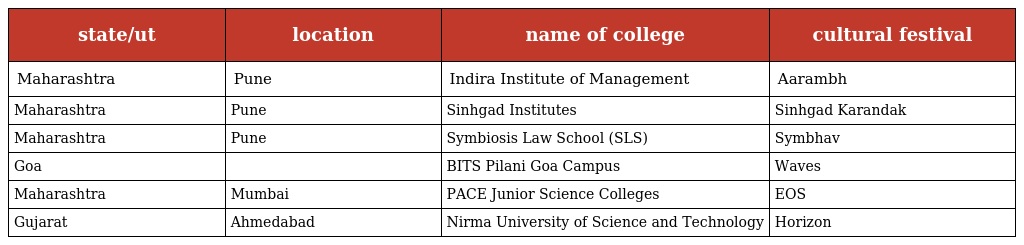
| state/ut | location | name of college | cultural festival |
 | --- | --- | --- | --- |
 | Maharashtra | Pune | Indira Institute of Management | Aarambh |
 | Maharashtra | Pune | Sinhgad Institutes | Sinhgad Karandak |
 | Maharashtra | Pune | Symbiosis Law School (SLS) | Symbhav |
 | Goa |  | BITS Pilani Goa Campus | Waves |
 | Maharashtra | Mumbai | PACE Junior Science Colleges | EOS |
 | Gujarat | Ahmedabad | Nirma University of Science and Technology | Horizon |